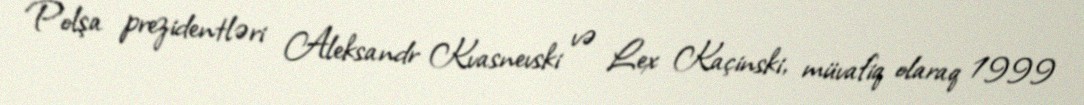
Polşa prezidentləri Aleksandr Kvasnevski və Lex Kaçinski, müvafiq olaraq 1999